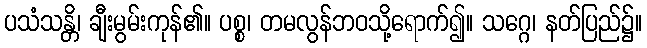
ပသံသန္တိ၊ ချီးမွမ်းကုန်၏။ ပစ္စ၊ တမလွန်ဘဝသို့ရောက်၍။ သဂ္ဂေ၊ နတ်ပြည်၌။